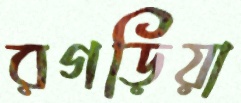
রগড়িয়া